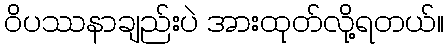
ဝိပဿနာချည်းပဲ အားထုတ်လို့ရတယ်။